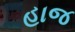
હાજ